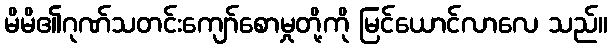
မိမိ၏ဂုဏ်သတင်းကျော်စောမှုတို့ကို မြင်ယောင်လာလေ သည်။